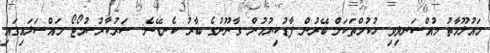
މައުލޫމާތު މުއްސަނދިވި ހުކުމްތަކަށް ބޭރުން ފާޑުކިޔުމުން ގާނޫނުގެ ބާރު ކެނޑޭނެ: ސަރުކާރުސުމޯޓޯ މައްސަލައިގައި